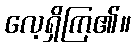
လေ့ရှိကြ၏။